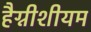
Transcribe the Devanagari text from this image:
हैग्नीशीयम